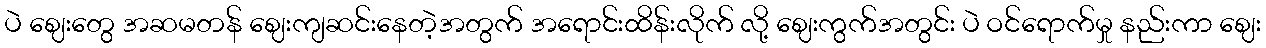
ပဲ ဈေးတွေ အဆမတန် ဈေးကျဆင်းနေတဲ့အတွက် အရောင်းထိန်းလိုက် လို့ ဈေးကွက်အတွင်း ပဲ ဝင်ရောက်မှု နည်းကာ ဈေး